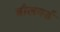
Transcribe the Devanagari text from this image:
बौलवर्ड